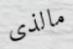
مالذى